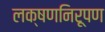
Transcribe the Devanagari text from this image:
लक्षणनिरूपण